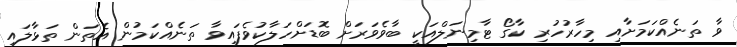
ވާ ތަނެއްކަމަށާއި މިހާރުހުރި ކާގޯ ޓާމިނަލްއަކީ ބާވެވަރަށް ބޮޑަށްހަލާކުވެފައިވާ ތަނެއްކަމުން އެތަން ތަޅާލައި